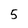
Character: 5